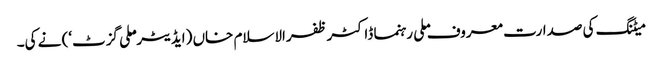
میٹنگ کی صدارت معروف ملی رہنما ڈاکٹر ظفرالاسلام خاں (ایڈیٹر ’ملی گزٹ‘) نے کی۔